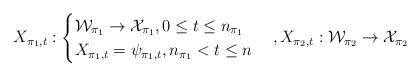
LaTeX: \begin{align*} X_{\pi_1,t}:\begin{cases} \mathcal{W}_{\pi_1} \rightarrow \mathcal{X}_{\pi_1},0\leq t\leq n_{\pi_1}\\ X_{\pi_1,t}=\psi_{\pi_1,t},n_{\pi_1}< t \leq n \end{cases},X_{\pi_2,t}: \mathcal{W}_{\pi_2} \rightarrow \mathcal{X}_{\pi_2}\end{align*}